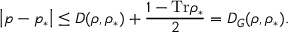
\left\vert p - p _ { \ast } \right\vert \leq D ( \rho , \rho _ { \ast } ) + \frac { 1 - \mathrm { T r } \rho _ { \ast } } { 2 } = D _ { G } ( \rho , \rho _ { \ast } ) .